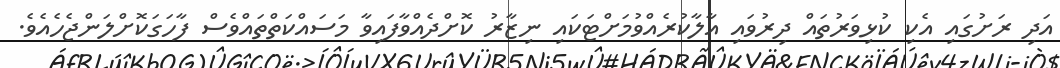
އަދި ރަށުގައި އެކި ކުޅިވަރުތައް ދިރުވައި އާލާކުރެއްވުމަށްޓަކައި ނިޒާރު ކޮށްދެއްވާފައިވާ މަސައްކަތްތައްވެސް ފާހަގަކޮށްލަންޖެހެއެވެ.